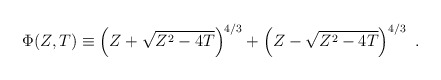
\begin{align*}\Phi(Z,T) \equiv \left(Z+\sqrt{Z^2-4T}\right)^{4/ 3} +\left(Z-\sqrt{Z^2-4T}\right)^{4/ 3}\ .\end{align*}